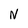
Character: N